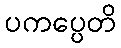
ပကပ္ပေတိ